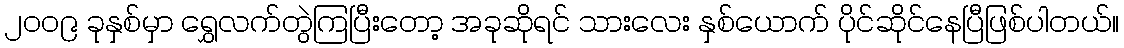
၂၀၀၉ ခုနှစ်မှာ ရွှေလက်တွဲကြပြီးတော့ အခုဆိုရင် သားလေး နှစ်ယောက် ပိုင်ဆိုင်နေပြီဖြစ်ပါတယ်။